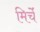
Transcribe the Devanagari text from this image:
मिर्चें